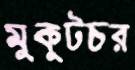
মুকুটচর